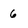
Character: 6